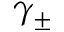
\gamma _ { \pm }